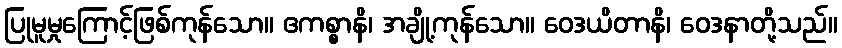
ပြုမူမှုကြောင့်ဖြစ်ကုန်သော။ ဧကစ္စာနိ၊ အချို့ကုန်သော။ ဝေဒယိတာနိ၊ ဝေဒနာတို့သည်။